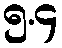
၅.၄